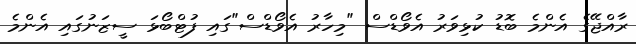
ރާއްޖޭގެ އެންމެ ބޮޑު ކުޅިވަރު އެވޯޑްސް "މިހާރު އެވޯޑްސް"ގައި ފުޓްބޯޅަ ސީޒަނުގައި އެންމެ